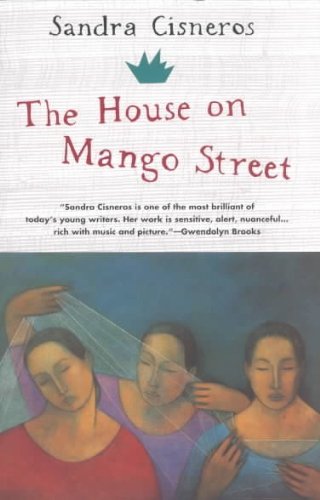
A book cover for The House on Mango Street (Vintage Contemporaries); Literature & Fiction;